Indian journal of veterinary science and animal husbandry - Volume 13,
Year: 1943
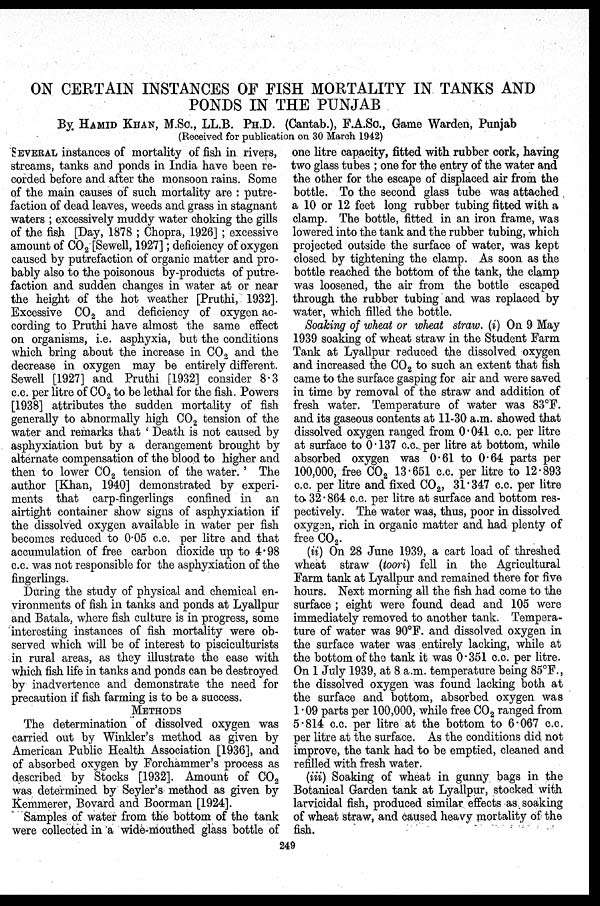
ON CERTAIN INSTANCES OF FISH MORTALITY IN TANKS AND
PONDS IN THE PUNJAB
By. HAMID KHAN, M.Sc., LL.B. PH.D. (Cantab.), F.A.Sc., Game Warden, Punjab
(Received for publication on 30 March 1942)
SEVERAL instances of mortality of fish in rivers,
streams, tanks and ponds in India have been re-
corded before and after the monsoon rains. Some
of the main causes of such mortality are : putre-
faction of dead leaves, weeds and grass in stagnant
waters; excessively muddy water choking the gills
of the fish [Day, 1878; Chopra, 1926]; excessive
amount of CO 2 [Sewell, 1927]; deficiency of oxygen
caused by putrefaction of organic matter and pro-
bably also to the poisonous by-products of putre-
faction and sudden changes in water at or near
the height of the hot weather [Pruthi, 1932].
Excessive CO 2 and deficiency of oxygen ac-
cording to Pruthi have almost the same effect
on organisms, i.e. asphyxia, but the conditions
which bring about the increase in CO 2 and the
decrease in oxygen may be entirely different.
Sewell [1927] and Pruthi [1932] consider 8.3
c.c. per litre of CO 2 to be lethal for the fish. Powers
[1938] attributes the sudden mortality of fish
generally to abnormally high CO 2 tension of the
water and remarks that 'Death is not caused by
asphyxiation but by a derangement brought by
alternate compensation of the blood to higher and
then to lower CO 2 tension of the water. 'The
author [Khan, 1940] demonstrated by experi-
ments that carp-fingerlings confined in an
airtight container show signs of asphyxiation if
the dissolved oxygen available in water per fish
becomes reduced to 0.05 c.c. per litre and that
accumulation of free carbon dioxide up to 4.98
c.c. was not responsible for the asphyxiation of the
fingerlings.
During the study of physical and chemical en-
vironments of fish in tanks and ponds at Lyallpur
and Batala, where fish culture is in progress, some
interesting instances of fish mortality were ob-
served which will be of interest to pisciculturists
in rural areas, as they illustrate the ease with
which fish life in tanks and ponds can be destroyed
by inadvertence and demonstrate the need for
precaution if fish farming is to be a success.
METHODS
The determination of dissolved oxygen was
carried out by Winkler's method as given by
American Public Health Association [1936], and
of absorbed oxygen by Forchammer's process as
described by Stocks [1932]. Amount of CO 2
was determined by Seyler's method as given by
Kemmerer, Bovard and Boorman [1924].
Samples of water from the bottom of the tank
were collected in a wide-mouthed glass bottle of
one litre capacity, fitted with rubber cork, having
two glass tubes; one for the entry of the water and
the other for the escape of displaced air from the
bottle. To the second glass tube was attached
a 10 or 12 feet long rubber tubing fitted with a
clamp. The bottle, fitted in an iron frame, was
lowered into the tank and the rubber tubing, which
projected outside the surface of water, was kept
closed by tightening the clamp. As soon as the
bottle reached the bottom of the tank, the clamp
was loosened, the air from the bottle escaped
through the rubber tubing and was replaced by
water, which filled the bottle.
Soaking of wheat or wheat straw. (i) On 9 May
1939 soaking of wheat straw in the Student Farm
Tank at Lyallpur reduced the dissolved oxygen
and increased the CO 2 to such an extent that fish
came to the surface gasping for air and were saved
in time by removal of the straw and addition of
fresh water. Temperature of water was 83°F.
and its gaseous contents at 11-30 a.m. showed that
dissolved oxygen ranged from 0.041 c.c. per litre
at surface to 0.137 c.c. per litre at bottom, while
absorbed oxygen was 0.61 to 0.64 parts per
100,000, free CO 2 13.651 c.c. per litre to 12.893
c.c. per litre and fixed CO 2 , 31.347 c.c. per litre
to 32.864 c.c. per litre at surface and bottom res-
pectively. The water was, thus, poor in dissolved
oxygen, rich in organic matter and had plenty of
free CO 2 .
(ii) On 28 June 1939, a cart load of threshed
wheat straw (toori) fell in the Agricultural
Farm tank at Lyallpur and remained there for five
hours. Next morning all the fish had come to the
surface; eight were found dead and 105 were
immediately removed to another tank. Tempera-
ture of water was 90°F. and dissolved oxygen in
the surface water was entirely lacking, while at
the bottom of the tank it was 0.351 c.c. per litre.
On 1 July 1939, at 8 a.m. temperature being 85°F.,
the dissolved oxygen was found lacking both at
the surface and bottom, absorbed oxygen was
1.09 parts per 100,000, while free CO 2 ranged from
5.814 c.c. per litre at the bottom to 6.067 c.c.
per litre at the surface. As the conditions did not
improve, the tank had to be emptied, cleaned and
refilled with fresh water.
(iii) Soaking of wheat in gunny bags in the
Botanical Garden tank at Lyallpur, stocked with
larvicidal fish, produced similar effects as soaking
of wheat straw, and caused heavy mortality of the
fish.
249